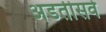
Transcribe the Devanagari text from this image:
अडतीसवे